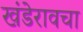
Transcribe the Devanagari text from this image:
खंडेरावचा